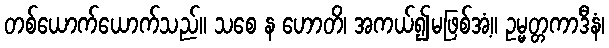
တစ်ယောက်ယောက်သည်။ သစေ န ဟောတိ၊ အကယ်၍မဖြစ်အံ့။ ဥမ္မတ္တကာဒီနံ၊